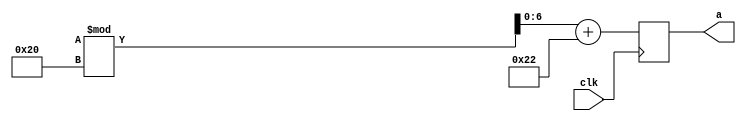
module random_range_test (
				input clk,
				output reg [6:0] a);
				
always@(posedge clk)
begin

	a<= ({$random}%32)+34;				//generating positive values from 0 to 31 and then adding 34 to get range from 34 to 65
	if(a<=33 || a>65)
			$display("FALSE");		     
end
endmodule